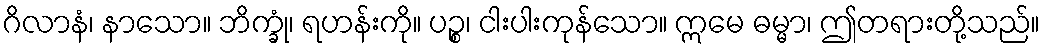
ဂိလာနံ၊ နာသော။ ဘိက္ခုံ၊ ရဟန်းကို။ ပဉ္စ၊ ငါးပါးကုန်သော။ ဣမေ ဓမ္မာ၊ ဤတရားတို့သည်။